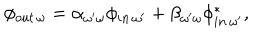
LaTeX: \phi _ { o u t \, \omega } = \alpha _ { \omega ^ { \prime } \omega } \phi _ { i n \, \omega ^ { \prime } } + \beta _ { \omega ^ { \prime } \omega } \phi _ { i n \, \omega ^ { \prime } } ^ { * } ,